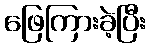
ဖြေကြားခဲ့ပြီး